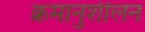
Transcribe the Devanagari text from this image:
क्रमानुशीलन